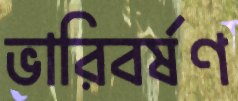
ভারিবর্ষণ